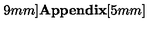
9 m m ] { \Large \bf A p p e n d i x } [ 5 m m ]